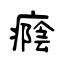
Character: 癊